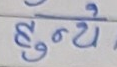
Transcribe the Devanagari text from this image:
हुँदैन